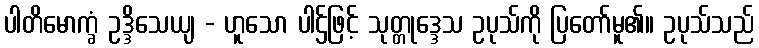
ပါတိမောက္ခံ ဥဒ္ဒိသေယျ - ဟူသော ပါဌ်ဖြင့် သုတ္တုဒ္ဒေသ ဥပုသ်ကို ပြတော်မူ၏။ ဥပုသ်သည်